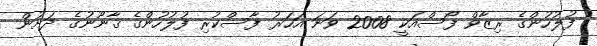
ފުލުހުންގެ ރިޒާވް ފޯސްއަކީ 2008 ވަނަ އަހަރު ފާސްކުރި ފުލުހުންގެ ޤާނޫނުގެ ދަށުން